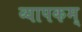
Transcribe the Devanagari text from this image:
व्यापकम्